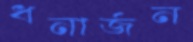
ধনার্জন